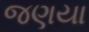
જણયા